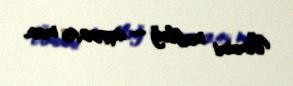
Ümumi məbləğ — 49722,45 man.